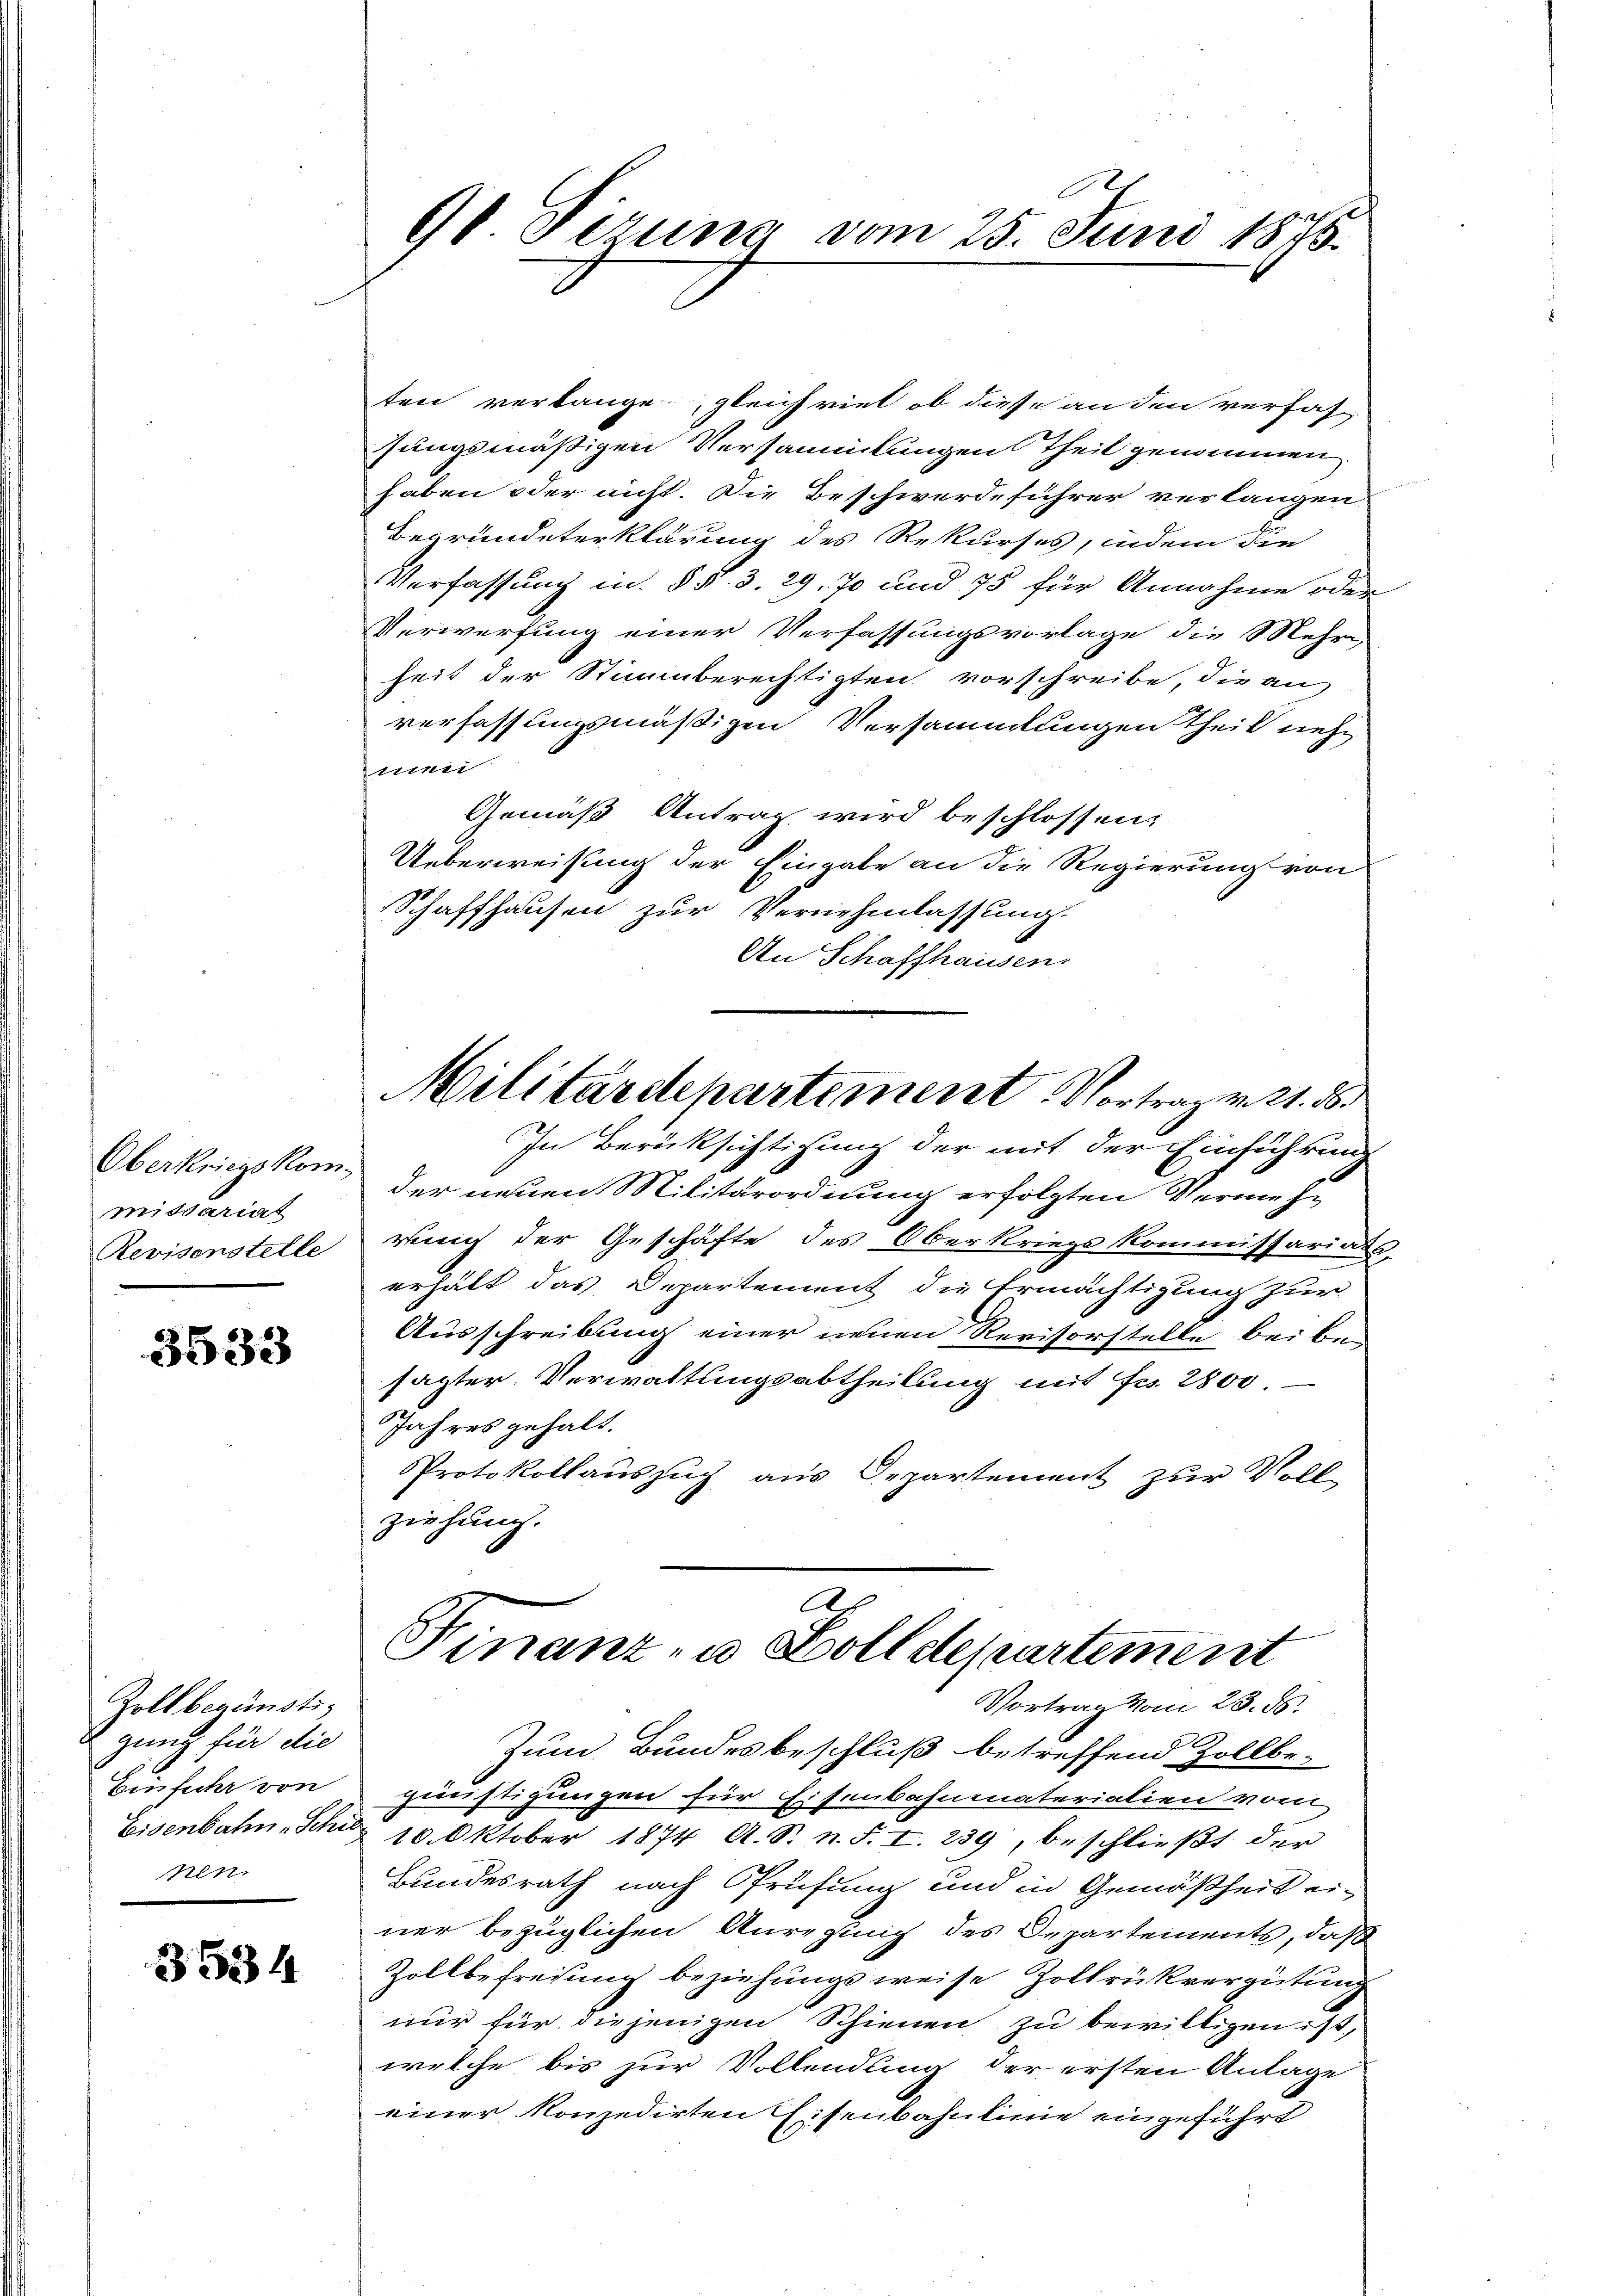
Oberkriegskommiddarial
Revisonstelle

3533

Zollbegünstigung für die
Einfuhr von
Eisenbahn-Schie
nen

3534

9t. Gerung vom 25. Juni 1875.

ten verlange, gleich viel ob diese an den verfahsungsmäßigen Versammlungen Theil genommen,
haben oder nicht. Die Beschwerdeführer verlangen.
Begründeterklärung des Rekurses, indem die
Verfassung in § §. 3. 29. 70 und 75 für Annahme oder
Verwerfung einer Verfassungsvorlage die Mehr-
heit der Stimmberechtigten vorschreibe, die an
verfassungsmäßigen Versammlungen theil nehmei
Gemäß Antrag wird beschlossen:
Ueberweisung der Eingabe an die Regierung von
Schaffhausen zur Vernehmlassung.
An Schaffhausen
In Berücksichtigung der mit der Einsichtung
der neuen Militärordnung erfolgten Vermehr
rung der Geschäfte des Oberkriegskommissariats-
erhält das Departement die Ermächtigung zur
Ausschreibung einer neuen Revisorstelle bei besagter Verwaltungsabtheilung mit Fr. 2800
Jahres gehalt.
Protokollauszug aus Departement zur Voll-
ziehung.
Finanz- u. Zolldepartement
Vortrag vom 28. ds.
Zum Bundesbeschluß betreffend Zollbe-
günstigungen für Eisenbahnmaterialien vom
10. Oktober 1874 A. S. n. F. I. 239, beschließt der
Bundesrath nach Prüfung und in Gemäßheit einer bezüglichen Anregung des Departements, daß
Zollbefreiung beziehungsweise Zollrükvergütung
nur für diejenigen Schienen zu bewilligen ist.
welche bis zur Vollendling der ersten Anlage
einer konzedirten Eisenbahnlinie eingeführt

Militärdepartement Vortrag v. 21. 86.